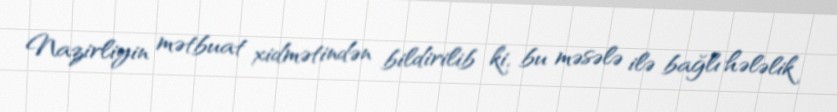
Nazirliyin mətbuat xidmətindən bildirilib ki, bu məsələ ilə bağlı hələlik